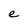
Character: e